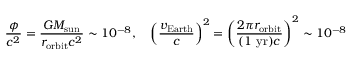
{ \frac { \phi } { c ^ { 2 } } } = { \frac { G M _ { \mathrm { s u n } } } { r _ { \mathrm { o r b i t } } c ^ { 2 } } } \sim 1 0 ^ { - 8 } , \quad \left( { \frac { v _ { \mathrm { E a r t h } } } { c } } \right) ^ { 2 } = \left( { \frac { 2 \pi r _ { \mathrm { o r b i t } } } { ( 1 \ \mathrm { y r } ) c } } \right) ^ { 2 } \sim 1 0 ^ { - 8 }